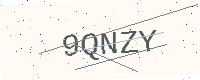
Text: 9QNZY